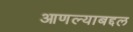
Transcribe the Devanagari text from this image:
आणल्याबद्दल